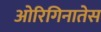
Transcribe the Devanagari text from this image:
ओरिगिनातेस